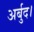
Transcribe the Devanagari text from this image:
अर्बुद।